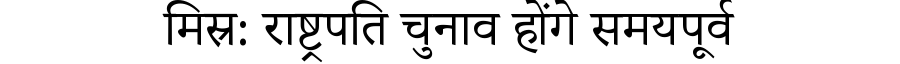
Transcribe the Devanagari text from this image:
मिस्र: राष्ट्रपति चुनाव होंगे समयपूर्व